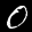
Label: 0